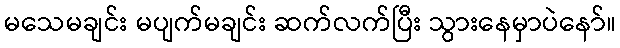
မသေမချင်း မပျက်မချင်း ဆက်လက်ပြီး သွားနေမှာပဲနော်။